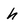
Character: h